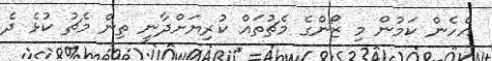
އެހެން ކަމުން މި ޒޯންގެ މެޗުތައް ކުރިޔަށްދާނީ ތިން މެޗު ކުޅެ ދެ